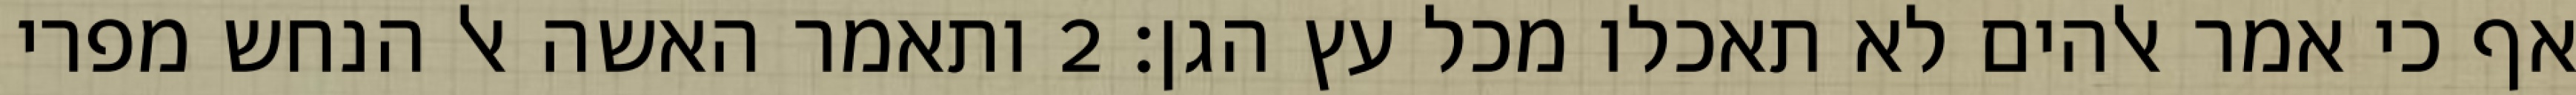
אף כי אמר אלהים לא תאכלו מכל עץ הגן׃ ‎2‏ ותאמר האשה אל הנחש מפרי